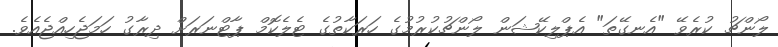
ލޯންޗު ކުރެވޭ "އެނގޭތަ" އެޕްލިކޭޝަން ލޯންޗުކުރުމުގެ ހަރަކާތުގެ ޓެލެކޮމް ޕާޓްނަރަށް ދިރާގު ހަމަޖެހިއްޖެއެވެ.